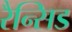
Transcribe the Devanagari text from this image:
रैन्सिड